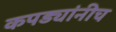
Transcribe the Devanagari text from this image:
कपड्यांनीच